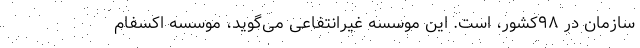
سازمان در ۹۸کشور، است. این موسسه غیرانتفاعی می‌گوید، موسسه اکسفام